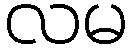
လမ